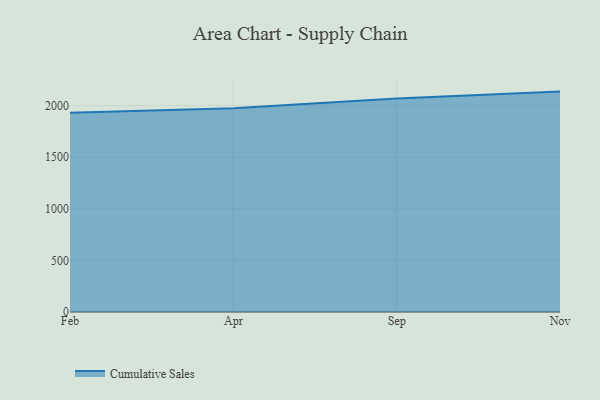
{"axis": {"x": "Month", "y": "Net Income (USD K)"}, "legend": ["Cumulative Sales"], "data": [{"x": "Feb", "y": 1932.7, "type": "Cumulative Sales"}, {"x": "Apr", "y": 1974.7, "type": "Cumulative Sales"}, {"x": "Sep", "y": 2070.0, "type": "Cumulative Sales"}, {"x": "Nov", "y": 2136.8, "type": "Cumulative Sales"}]}